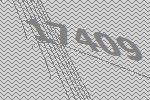
17409